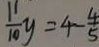
\frac { 1 1 } { 1 0 } y = 4 - \frac { 4 } { 5 }